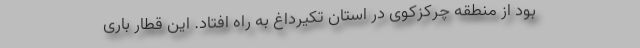
بود از منطقه چرکزکوی در استان تکیرداغ به راه افتاد. این قطار باری